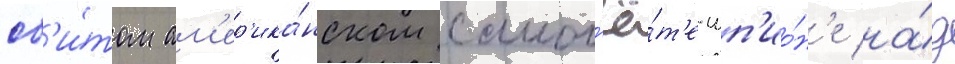
сб'и́том ам'ер'ика́нском самол'ё́т'е-шп'ио́н'е на́д